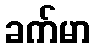
ခက်မာ